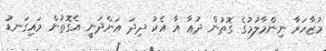
މުޒާހަރާ ނިންމާލުމުގެ ގޮތުން ދުޢާ އާ އެކު ދިދަ އަންދަނީ އެގޮތުން މައިގަނޑު